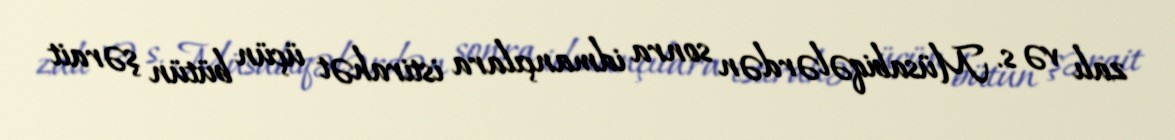
zalı və s. Müsabiqələrdən sonra idmançılara istirahət üçün bütün şərait